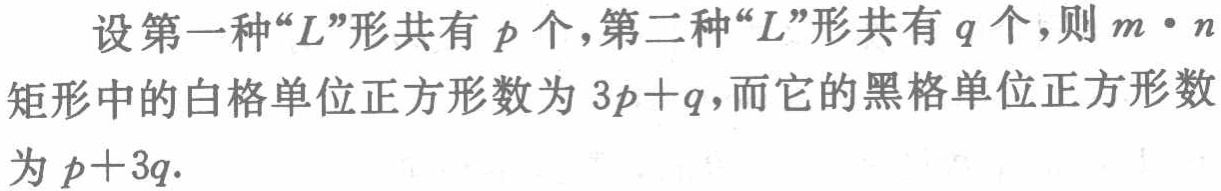
设第一种“L”形共有 \(p\) 个，第二种“L”形共有 \(q\) 个，则 \(m\cdot n\) 矩形中的白格单位正方形数为 \(3p + q\)，而它的黑格单位正方形数为 \(p + 3q\).